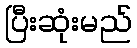
ပြီးဆုံးမည်